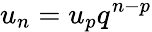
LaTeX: u_{n}=u_{p}q^{n-p}